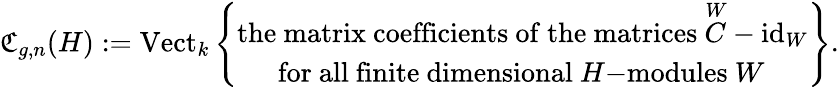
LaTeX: \mathfrak{C}_{g,n}(H):=\mathrm{Vect}_{k}\left\lbrace\begin{array}{ll}{\mathrm{the~matrix~coefficients~of~the~matrices~}\overset{W}{C}-\mathrm{id}_{W}}\\ {\quad\: \: \mathrm{for~all~finite~dimensional~}H\mathrm{-modules\ }W}\end{array}\right\rbrace.